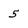
Character: 5